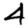
Digit: 4